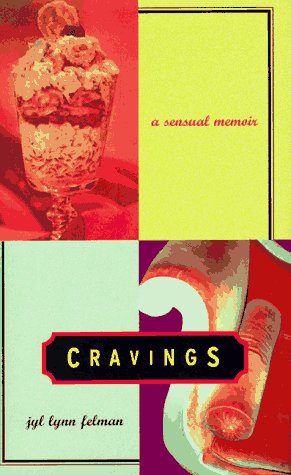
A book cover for CRAVINGS  CL; Jyl Lynn Felman; Gay & Lesbian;